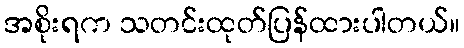
အစိုးရက သတင်းထုတ်ပြန်ထားပါတယ်။